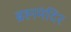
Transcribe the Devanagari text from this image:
ब्रह्ममंदिर